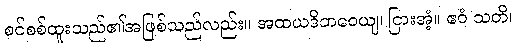
စင်စစ်ထူးသည်၏အဖြစ်သည်လည်း။ အထယဒိဘဝေယျ၊ ငြားအံ့။ ဧဝံ သတိ၊